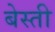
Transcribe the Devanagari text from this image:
बेस्ती